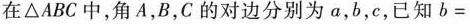
在△ABC中，角A，B，C的对边分别为a，b，c，已知b=